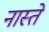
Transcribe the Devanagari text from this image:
नास्‍ते